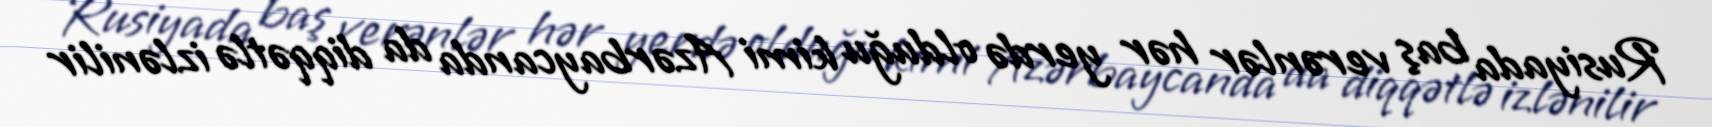
Rusiyada baş verənlər hər yerdə olduğu kimi Azərbaycanda da diqqətlə izlənilir